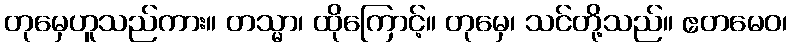
တုမှေဟူသည်ကား။ တသ္မာ၊ ထိုကြောင့်။ တုမှေ၊ သင်တို့သည်။ ဧတမေဝ၊